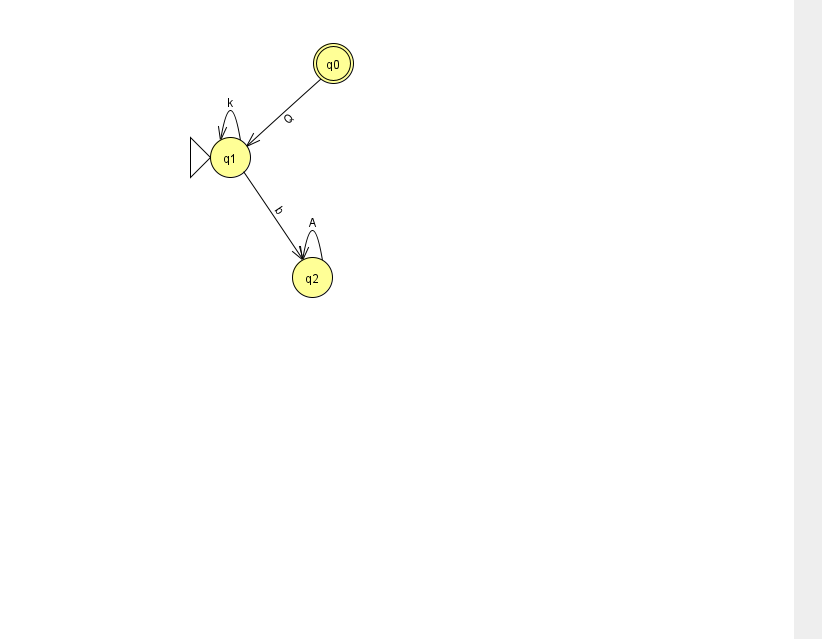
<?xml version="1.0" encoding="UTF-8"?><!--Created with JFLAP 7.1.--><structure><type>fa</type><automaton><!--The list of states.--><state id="0" name="q0"><x>333.0</x><y>50.0</y><final/></state><state id="1" name="q1"><x>230.0</x><y>144.0</y><initial/></state><state id="2" name="q2"><x>312.0</x><y>264.0</y></state><!--The list of transitions.--><transition><from>0</from><to>1</to><read>Q</read></transition><transition><from>2</from><to>2</to><read>A</read></transition><transition><from>1</from><to>2</to><read>b</read></transition><transition><from>1</from><to>1</to><read>k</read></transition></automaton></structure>